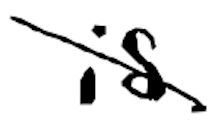
Text: is
Cross-out: diagonal
Writing tool: digital_black